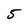
Character: 5